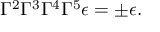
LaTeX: \Gamma ^ { 2 } \Gamma ^ { 3 } \Gamma ^ { 4 } \Gamma ^ { 5 } \epsilon = \pm \epsilon .